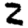
Digit: 2